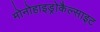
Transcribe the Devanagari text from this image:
मोनोहाइड्रोकैल्साइट